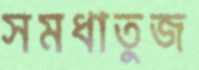
সমধাতুজ